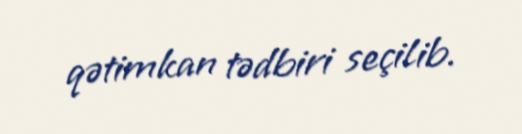
qətimkan tədbiri seçilib.